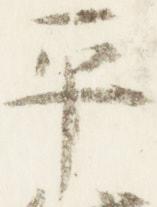
平